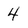
Character: 4